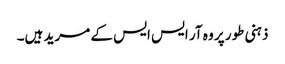
ذہنی طور پر وہ آر ایس ایس کے مرید ہیں۔